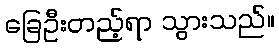
ခြေဦးတည့်ရာ သွားသည်။